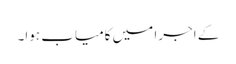
کے اجرا میں کامیاب ہوا۔